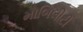
મોબિલીટી